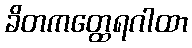
ခိတကတ္ထေရဂါထာ